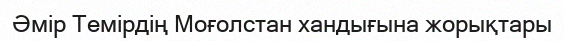
Әмір Темірдің Моғолстан хандығына жорықтары